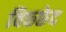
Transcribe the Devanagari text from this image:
विछ्छेद